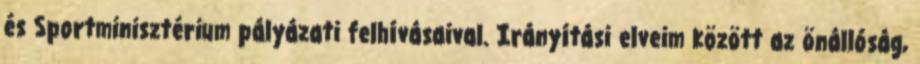
és Sportminisztérium pályázati felhívásaival. Irányítási elveim között az önállóság,